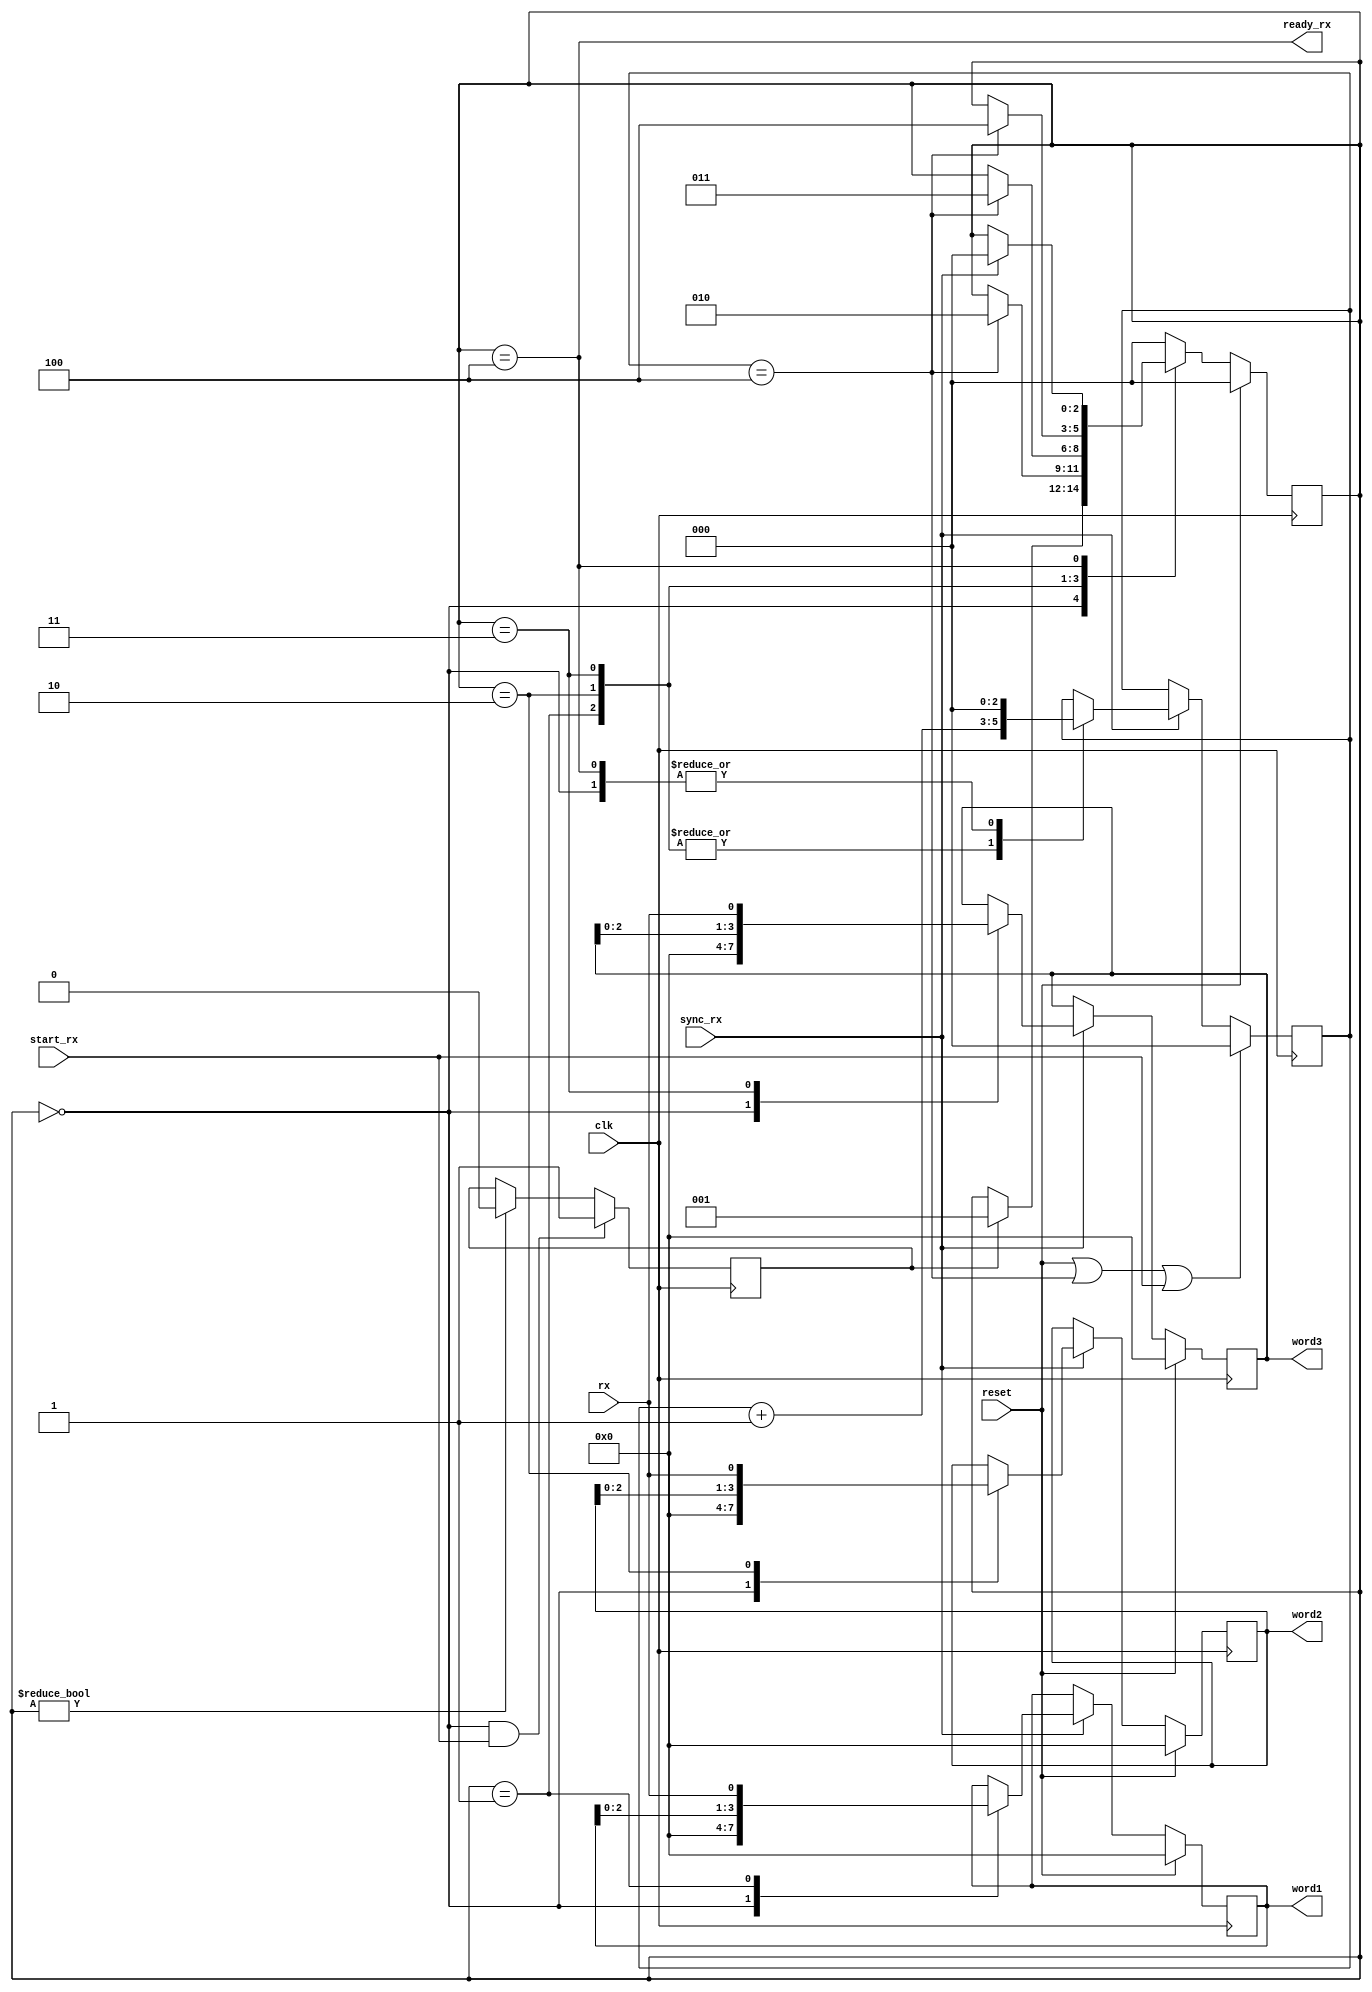


module fpga_rx_com(clk,reset,word1,word2,word3,sync_rx,rx,ready_rx,start_rx);

parameter wait_rx = 3'd0;
parameter rx_1 = 3'd1;
parameter rx_2 =3'd2;
parameter rx_3 = 3'd3;
parameter end_rx = 3'd4;

input clk,reset,sync_rx,rx,start_rx;
output [3:0] word1,word2,word3;
reg [3:0] word1,word2,word3;
output ready_rx;

reg [2:0] ST_rx;
initial ST_rx = 0;

reg[2:0] count_bit;
initial count_bit = 0 ;
reg start_rx2;
initial start_rx2 = 0;
assign ready_rx = (ST_rx==end_rx);

always@(posedge clk)
if(ST_rx == wait_rx && start_rx)start_rx2 <= 1;
else if (ST_rx != wait_rx)start_rx2 <=0;
else start_rx2 <= start_rx2;

always@(posedge clk)
if(reset)ST_rx <= wait_rx;
else 
	case(ST_rx)
		wait_rx:if(start_rx2) ST_rx<=rx_1;
				else ST_rx <= ST_rx;
		rx_1:if(count_bit == 4)ST_rx <= rx_2;
			 else ST_rx<=ST_rx;
		rx_2:if(count_bit == 4 )ST_rx <= rx_3;
			 else ST_rx<=ST_rx;
		rx_3:if(count_bit == 4 )ST_rx <= end_rx;
			 else ST_rx<=ST_rx;
		end_rx:if(sync_rx)ST_rx<=wait_rx;
				else ST_rx <= ST_rx;
	default:ST_rx <= wait_rx;
	endcase
	
always@(posedge clk)
if(reset||count_bit==4||start_rx)count_bit <= 0;
else if(sync_rx)
	case(ST_rx)
		wait_rx: count_bit <= 0;
		rx_1: count_bit<=count_bit+1;
		rx_2: count_bit<=count_bit+1;
		rx_3: count_bit<=count_bit+1;
		end_rx:count_bit<=0;
	default:count_bit<=count_bit;
	endcase	
else count_bit <= count_bit;

always@(posedge clk)
if(reset)word1 <= 4'd0;
else if(sync_rx)
	case(ST_rx)
		wait_rx: word1 <= 4'd0;
		rx_1: word1<={word1[2:0],rx};
		rx_2: word1<=word1;
		rx_3: word1<=word1;
		end_rx:word1<=word1;
	default:word1<=word1;
	endcase	
else word1 <= word1;

always@(posedge clk)
if(reset)word2 <= 4'd0;
else if(sync_rx)
	case(ST_rx)
		wait_rx: word2 <= 4'd0;
		rx_1: word2<=word2;
		rx_2: word2<={word2[2:0],rx};
		rx_3: word2<=word2;
		end_rx:word2<=word2;
	default:word2<=word2;
	endcase	
else word2 <= word2;

always@(posedge clk)
if(reset)word3 <= 4'd0;
else if(sync_rx)
	case(ST_rx)
		wait_rx: word3 <= 4'd0;
		rx_1: word3<=word3;
		rx_2: word3<=word3;
		rx_3: word3<={word3[2:0],rx};
		end_rx:word3<=word3;
	default:word3<=word3;
	endcase	
else word3 <= word3;



endmodule